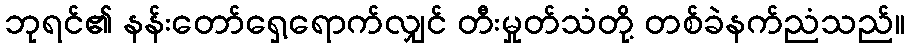
ဘုရင်၏ နန်းတော်ရှေ့ရောက်လျှင် တီးမှုတ်သံတို့ တစ်ခဲနက်ညံသည်။